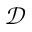
\mathcal { D }